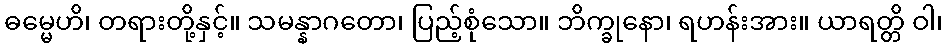
ဓမ္မေဟိ၊ တရားတို့နှင့်။ သမန္နာဂတော၊ ပြည့်စုံသော။ ဘိက္ခုနော၊ ရဟန်းအား။ ယာရတ္တိ ဝါ၊